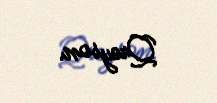
Qreyson.